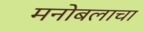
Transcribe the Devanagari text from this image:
मनोबलाचा